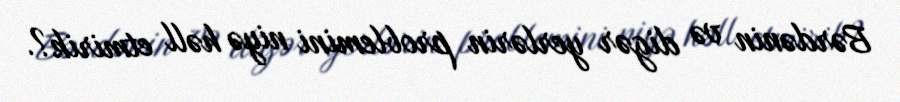
Bərdənin və digər yerlərin problemini niyə həll etmirik?.